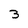
Character: 3